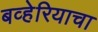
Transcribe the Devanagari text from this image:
बव्हेरियाचा